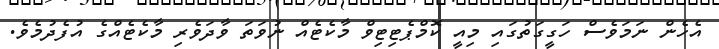
އެހެން ނަމަވެސް ހަގީގަތުގައި މިއީ ކޮމްޕެޓިޓިވް މާކެޓެއް ނުވަތަ ވާދަވެރި މާކެޓެއްގެ އުފެދުމެވެ.